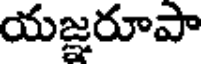
యజ్ఞరూపా